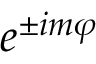
e ^ { \pm i m \varphi }